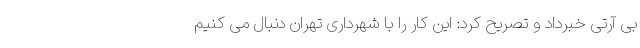
بی آرتی خبرداد و تصریح کرد: این کار را با شهرداری تهران دنبال می کنیم